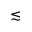
\lesssim